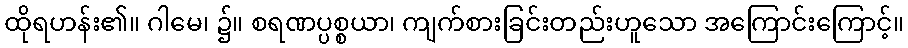
ထိုရဟန်း၏။ ဂါမေ၊ ၌။ စရဏပ္ပစ္စယာ၊ ကျက်စားခြင်းတည်းဟူသော အကြောင်းကြောင့်။